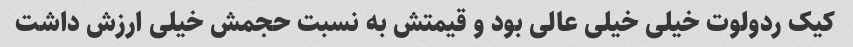
کیک ردولوت خیلی خیلی عالی بود و قیمتش به نسبت حجمش خیلی ارزش داشت